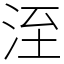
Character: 洷